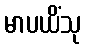
မာပယိံသု